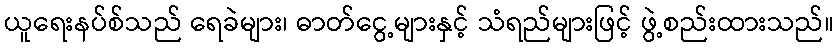
ယူရေးနပ်စ်သည် ရေခဲများ၊ ဓာတ်ငွေ့များနှင့် သံရည်များဖြင့် ဖွဲ့စည်းထားသည်။